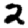
Digit: 2